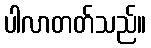
ပါလာတတ်သည်။